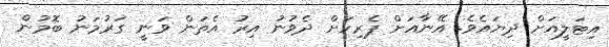
އިޓަލީއަށް ދިޔައެވެ. އޭނާއަށް ޕެރިހަށް ދެވުނު އިރު އެތަން ވަނީ ގަރުމަނު ބޮމުން